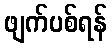
ဖျက်ပစ်ရန်